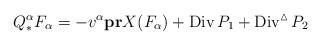
LaTeX: \begin{align*}Q^{\alpha}_{\ast}F_{\alpha}=-v^{\alpha}\bold{pr}X(F_{\alpha})+\operatorname{Div}P_1+\operatorname{Div}^{\vartriangle}P_2\end{align*}